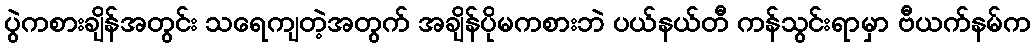
ပွဲကစားချိန်အတွင်း သရေကျတဲ့အတွက် အချိန်ပိုမကစားဘဲ ပယ်နယ်တီ ကန်သွင်းရာမှာ ဗီယက်နမ်က